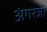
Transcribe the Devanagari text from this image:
अंगरजी